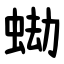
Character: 蜐